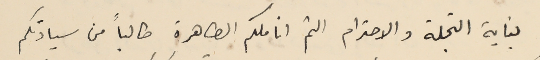
بغاية التجلة والاحترام الثم اناملكم الطاهرة طالباً من سيادتكم